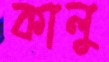
কালু